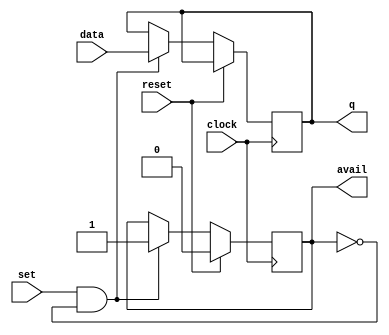
module edge_buffer( 
	input wire clock, 
	input wire set, 
	input wire reset,
	input wire [bitwidth-1:0] data, 
	output reg [bitwidth-1:0] q = 0, 
	output reg avail = 0 );

parameter bitwidth = 24;
	
always @(posedge clock)
begin
	if (reset)
		avail <= 1'b0;
	else if (set & (~avail) ) begin
		q[bitwidth-1:0] <= data[bitwidth-1:0];
		avail <= 1'b1;
	end
end

endmodule